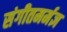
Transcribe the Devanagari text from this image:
संगीतमर्मज्ञ